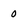
Character: 0